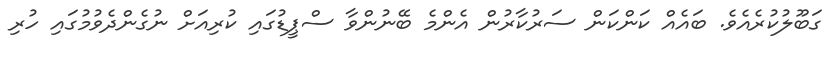
ގަބޫލުކުރެއެވެ. ބައެއް ކަންކަން ސަރުކާރުން އެންމެ ބޭނުންވާ ސްޕީޑުގައި ކުރިއަށް ނުގެންދެވުމުގައި ހުރި